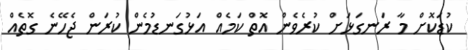
ކުޑަކޮށް މާ ރަނގަޅަށް ކުރެވެން އޮތް ކަމެއް އަޅުގަނޑުމެން ކުރަން ޖެހޭނެ ގޮތެއް